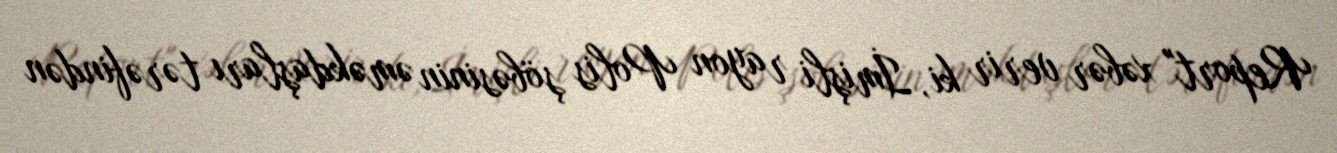
Report" xəbər verir ki, İmişli rayon Polis şöbəsinin əməkdaşları tərəfindən